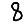
Digit: 8